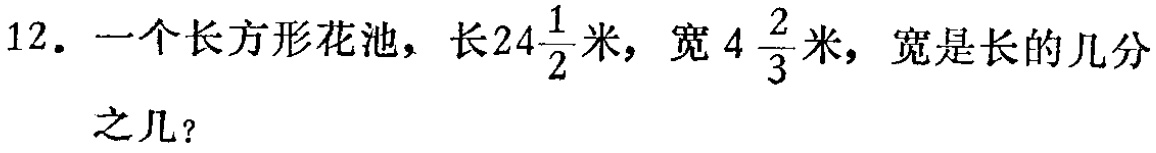
12. 一个长方形花池，长\(24\frac{1}{2}\)米，宽\(4\frac{2}{3}\)米，宽是长的几分之几？